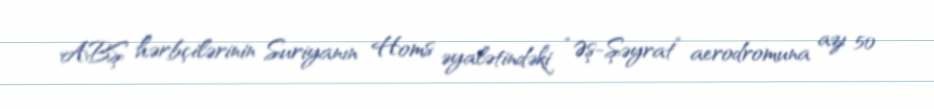
ABŞ hərbçilərinin Suriyanın Homs əyalətindəki “Əş-Şəyrat” aerodromuna azı 50